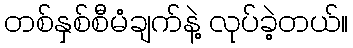
တစ်နှစ်စီမံချက်နဲ့ လုပ်ခဲ့တယ်။